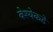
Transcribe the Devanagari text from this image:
वेश्येकडे